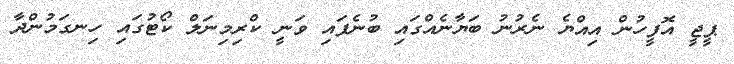
ޕީޖީ އޮފީހުން އިއްޔެ ނެރުނު ބަޔާނެއްގައި ބުނެފައި ވަނީ ކްރިމިނަލް ކޯޓުގައި ހިނގަމުންދާ